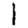
Digit: 1